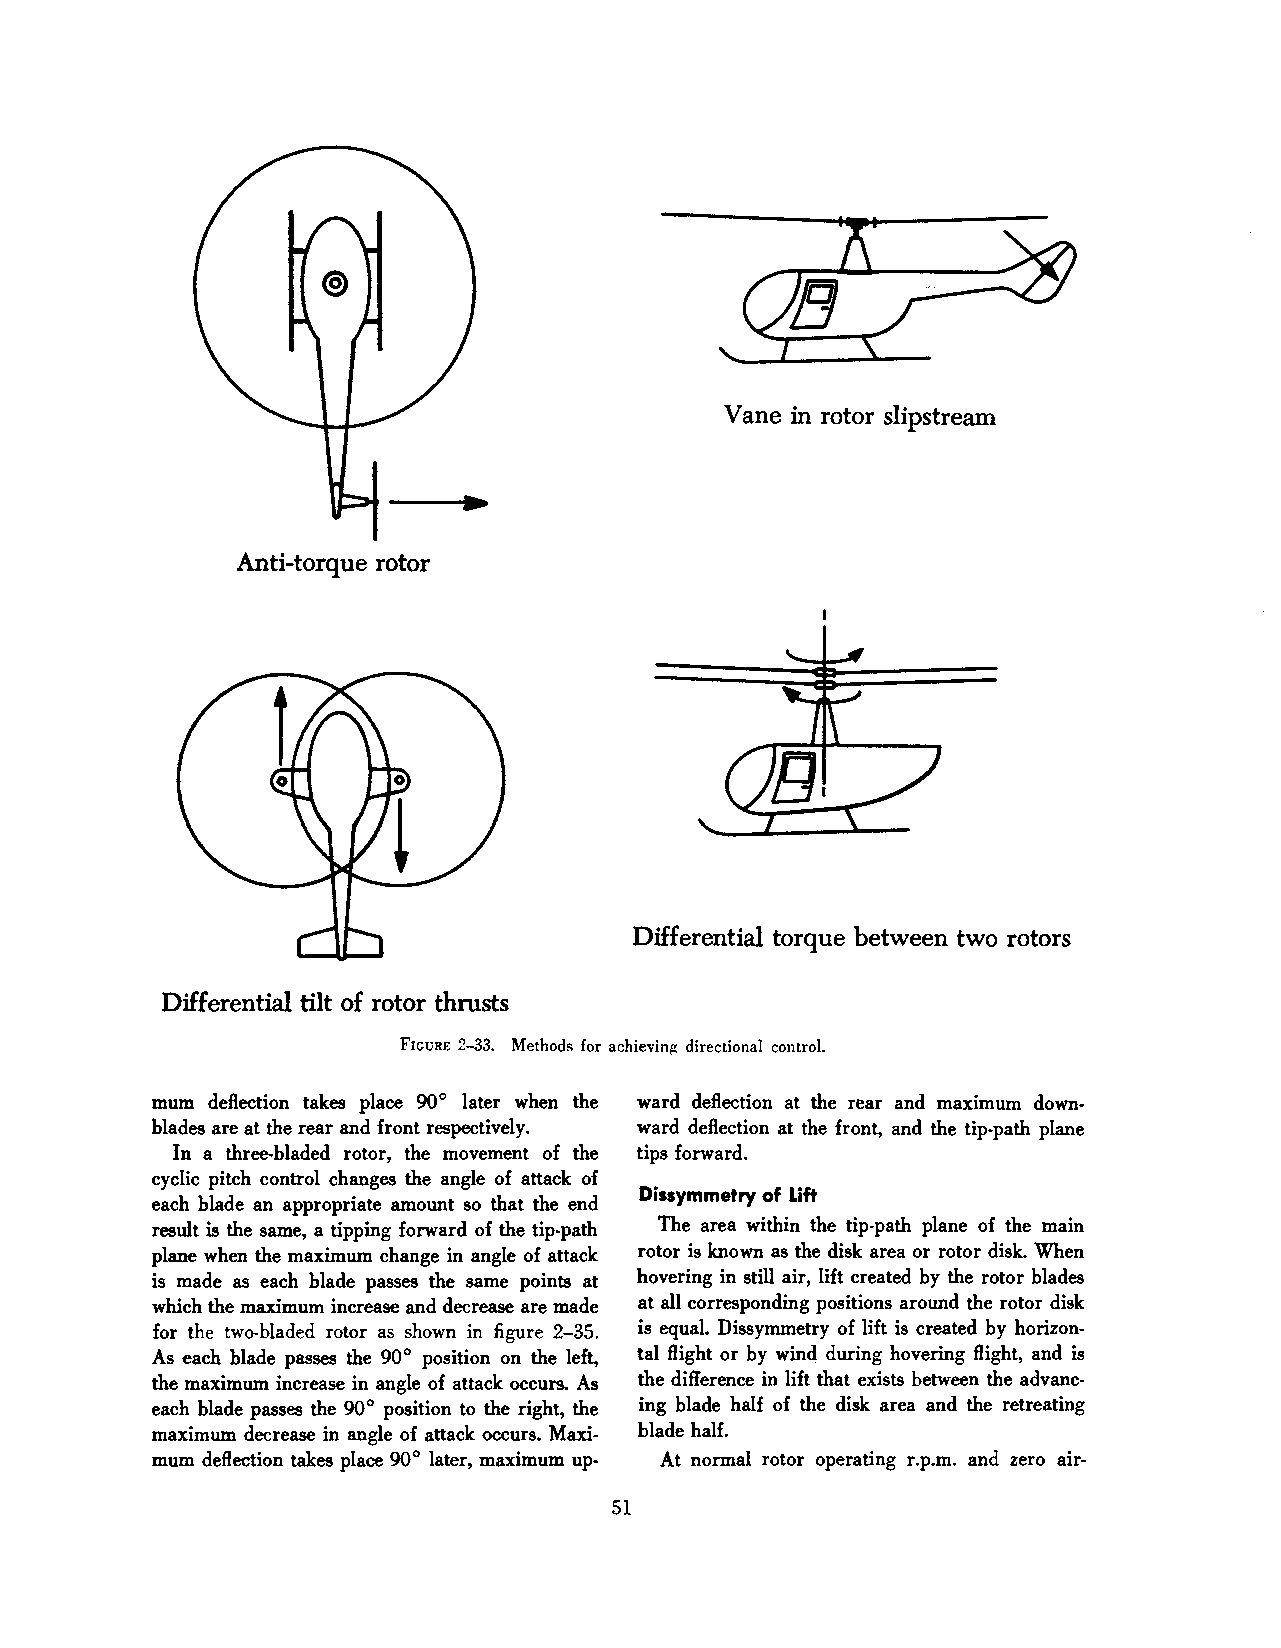
Vane in rotor slipstream
 Anti-torque rotor
 Differential torque between two rotors
 Differential tilt of rotor thrusts
 FrcURE 2-33. Methods for achievin~t directional control.
 mum deflection takes place 90° later when the ward deflection at the rear and maximum down
 blades are at the rear and front respectively. ward deflection at the front, and the tip-path plane
 In a three-bladed rotor, the movement of the tips forward.
 cyclic pitch control changes the angle of attack of
 Dissymmetry of Lift
 each blade an appropriate amount so that the end
 result is the same, a tipping forward of the tip-path The area within the tip-path plane of the main
 plane when the maximum change in angle of attack rotor is known as the disk area or rotor disk. When
 is made as each blade passes the same points at hovering in still air, lift created by the rotor blades
 which the maximum increase and decrease are made at all corresponding positions around the rotor disk
 for the two-bladed rotor as shown in figure 2-35. is equal. Dissymmetry of lift is created by horizon
 As each blade passes the 90° position on the left, tal flight or by winq during hovering flight, and is
 the maximum increase in angle of attack occurs. As the difference in lift that exists between the advanc
 each blade passes the 90° position to the right, the ing blade half of the disk area and the retreating
 maximum decrease in angle of attack occurs. Maxi blade half.
 mum deflection takes place 90° later, maximum up- At normal rotor operating r.p.m. and zero air-
 51